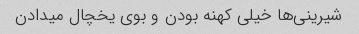
شیرینی‌ها خیلی کهنه بودن و بوی یخچال میدادن